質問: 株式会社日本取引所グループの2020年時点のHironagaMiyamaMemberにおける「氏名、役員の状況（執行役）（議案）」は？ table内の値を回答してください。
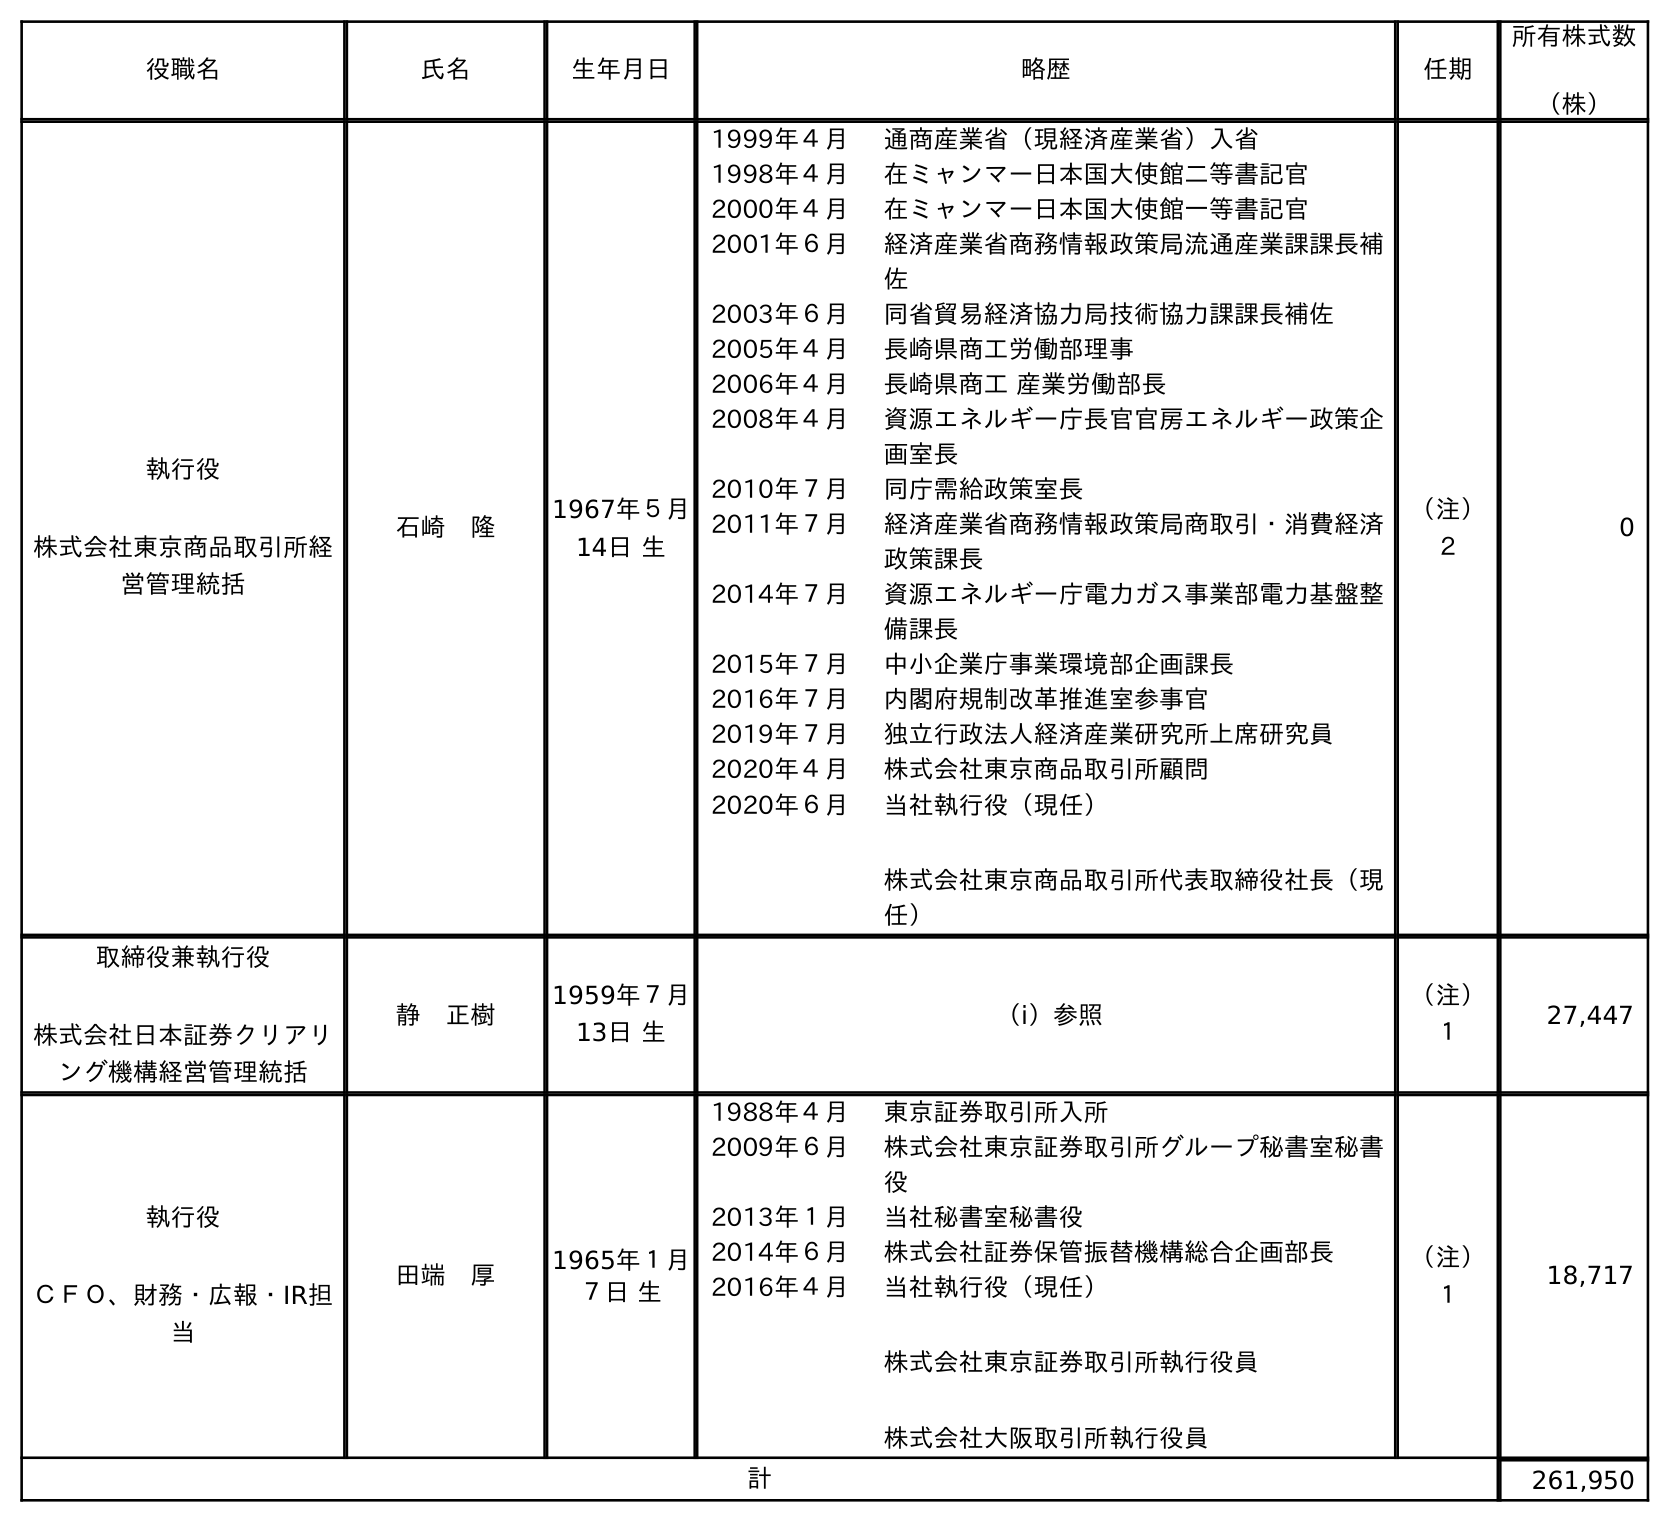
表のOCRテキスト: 役職名 氏名 生年月日 略歴 任期 所有株式数 （株） 執行役 株式会社東京商品取引所経 営管理統括 石崎 隆 1967年５月 14日 生 1999年４月 通商産業省（現経済産業省）入省 1998年４月 在ミャンマー日本国大使館二等書記官 2000年４月 在ミャンマー日本国大使館一等書記官 2001年６月 経済産業省商務情報政策局流通産業課課長補 佐 2003年６月 同省貿易経済協力局技術協力課課長補佐 2005年４月 長崎県商工労働部理事 2006年４月 長崎県商工 産業労働部長 2008年４月 資源エネルギー庁長官官房エネルギー政策企 画室長 2010年７月 同庁需給政策室長 2011年７月 経済産業省商務情報政策局商取引・消費経済 政策課長 2014年７月 資源エネルギー庁電力ガス事業部電力基盤整 備課長 2015年７月 中小企業庁事業環境部企画課長 2016年７月 内閣府規制改革推進室参事官 2019年７月 独立行政法人経済産業研究所上席研究員 2020年４月 株式会社東京商品取引所顧問 2020年６月 当社執行役（現任） 株式会社東京商品取引所代表取締役社長（現 任） （注） ２ 0 取締役兼執行役 株式会社日本証券クリアリ ング機構経営管理統括 静 正樹 1959年７月 13日 生 （ⅰ）参照 （注） １ 27,447 執行役 ＣＦＯ、財務・広報・IR担 当 田端 厚 1965年１月 ７日 生 1988年４月 東京証券取引所入所 2009年６月 株式会社東京証券取引所グループ秘書室秘書 役 2013年１月 当社秘書室秘書役 2014年６月 株式会社証券保管振替機構総合企画部長 2016年４月 当社執行役（現任） 株式会社東京証券取引所執行役員 株式会社大阪取引所執行役員 （注） １ 18,717 計 261,950
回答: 静　正樹